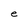
Character: e